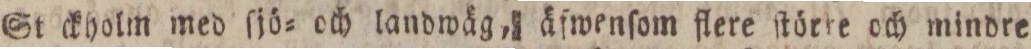
St ckholm med ſjö= och landwäg, äfwenſom flere ſtörte och mindre